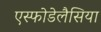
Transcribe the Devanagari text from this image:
एस्फोडेलैसिया